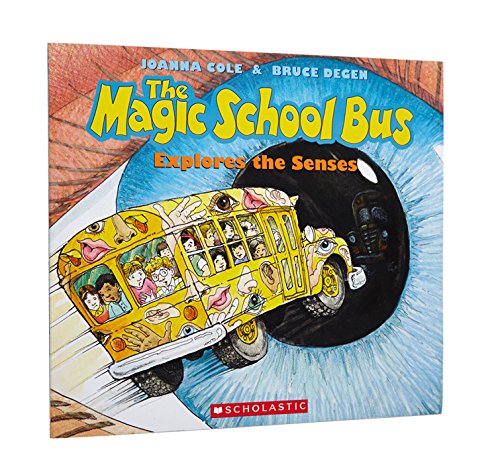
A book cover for The Magic School Bus Explores the Senses; Joanna Cole; Science & Math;